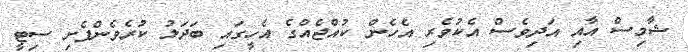
ޝާމިސް އާއި އަދިވެސް އެކުވެރި އެހެން ކުއްޖެއްގެ އެހީގައި ބަދަލު ކުރެވެންފެށި ސިޓީ